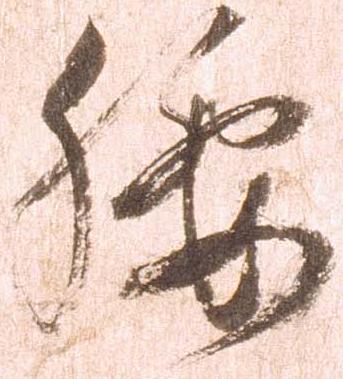
腰